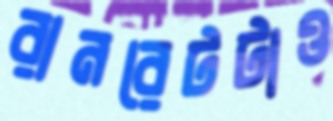
রানরেটটাও